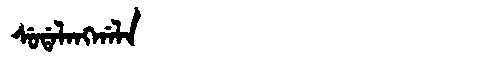
Manchu: ᠰᡠᡩᠠᠯᠠᠩᡤᠠᠯᠠ
Romanization: SUDALANGGALA